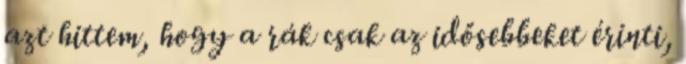
azt hittem, hogy a rák csak az idősebbeket érinti,